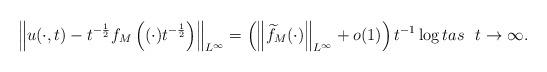
LaTeX: \begin{align*}\left\|u(\cdot, t)-t^{-\frac{1}{2}}f_{M}\left((\cdot)t^{-\frac{1}{2}}\right)\right\|_{L^{\infty}}=\left(\left\|\widetilde{f}_{M}(\cdot)\right\|_{L^{\infty}}+o(1)\right)t^{-1}\log t as \ \ t\to \infty.\end{align*}